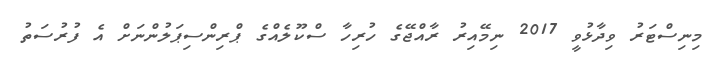
މިނިސްޓަރު ވިދާޅުވީ 2017 ނިމޭއިރު ރާއްޖޭގެ ހުރިހާ ސްކޫލެއްގެ ޕްރިންސިޕަލުންނަށް އެ ފުރުސަތު